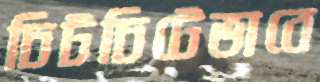
চিটচিটেভাবে